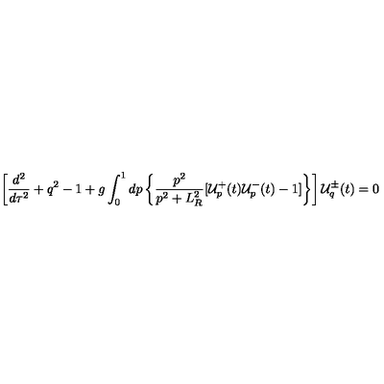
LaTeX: \left[ \frac { d ^ { 2 } } { d \tau ^ { 2 } } + q ^ { 2 } - 1 + g \int _ { 0 } ^ { 1 } d p \left\{ \frac { p ^ { 2 } } { p ^ { 2 } + L _ { R } ^ { 2 } } [ { \cal { U } } _ { p } ^ { + } ( t ) { \cal { U } } _ { p } ^ { - } ( t ) - 1 ] \right\} \right] { \cal { U } } _ { q } ^ { \pm } ( t ) = 0